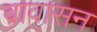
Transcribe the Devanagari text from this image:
वावासन